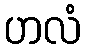
ဟလံ